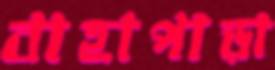
বাহাপাড়া